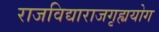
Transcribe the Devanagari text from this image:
राजविद्याराजगृह्ययोग